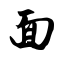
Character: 面